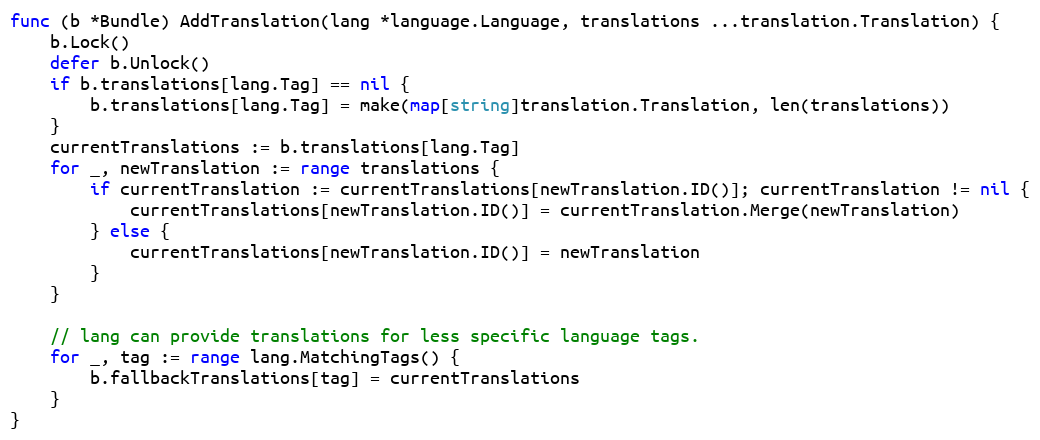
Language: Go
func (b *Bundle) AddTranslation(lang *language.Language, translations ...translation.Translation) {
	b.Lock()
	defer b.Unlock()
	if b.translations[lang.Tag] == nil {
		b.translations[lang.Tag] = make(map[string]translation.Translation, len(translations))
	}
	currentTranslations := b.translations[lang.Tag]
	for _, newTranslation := range translations {
		if currentTranslation := currentTranslations[newTranslation.ID()]; currentTranslation != nil {
			currentTranslations[newTranslation.ID()] = currentTranslation.Merge(newTranslation)
		} else {
			currentTranslations[newTranslation.ID()] = newTranslation
		}
	}

	// lang can provide translations for less specific language tags.
	for _, tag := range lang.MatchingTags() {
		b.fallbackTranslations[tag] = currentTranslations
	}
}